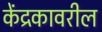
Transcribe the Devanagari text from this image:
केंद्रकावरील